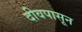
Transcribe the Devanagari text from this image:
दीवपासून